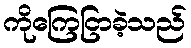
ကိုကြေငြာခဲ့သည်